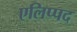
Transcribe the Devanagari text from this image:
एलिप्पद